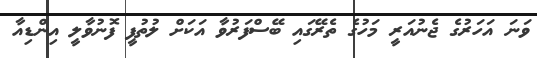
ވަނަ އަހަރުގެ ޖެނުއަރީ މަހުގެ ތެރޭގައި ބޭސްފަރުވާ އަކަށް ލުތުފީ ފޮނުވާލީ އިންޑިއާ